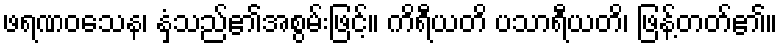
ဖရဏဝသေန၊ နှံ့သည်၏အစွမ်းဖြင့်။ ကိရီယတိ ပသာရီယတိ၊ ဖြန့်တတ်၏။